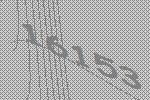
16153